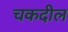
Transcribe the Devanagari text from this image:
चकदील